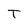
Character: T